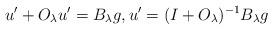
LaTeX: \begin{align*}u'+O_\lambda u'=B_\lambda g, u'=(I+O_\lambda)^{-1} B_\lambda g\end{align*}